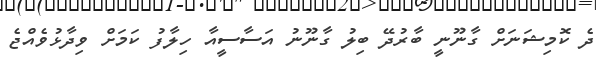
ދެ ކޮމިޝަނަށް ގާނޫނީ ބާރުދޭ ބިލު ގާނޫނު އަސާސީއާ ހިލާފު ކަމަށް ވިދާޅުވެއްޖެ